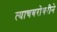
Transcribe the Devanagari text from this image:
त्याचबरोबरीने